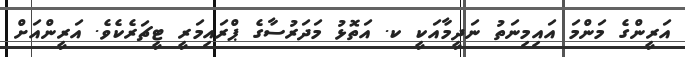
އަރީންގެ މަންމަ އައިމިނަތު ނަދީމާއަކީ ކ. އަތޮޅު މަދަރުސާގެ ޕްރައިމަރީ ޓީޗަރެކެވެ. އަރީންއަށް